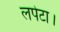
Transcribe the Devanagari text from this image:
लपेटा।